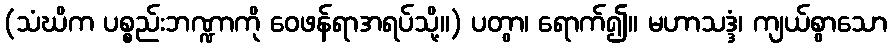
(သံဃိက ပစ္စည်းဘဏ္ဍာကို ဝေဖန်ရာအရပ်သို့။) ပတွာ၊ ရောက်၍။ မဟာသဒ္ဒံ၊ ကျယ်စွာသော